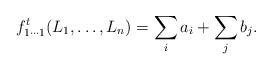
\begin{align*} f^t_{1\cdots1}(L_1,\ldots,L_n) = \sum_i a_i + \sum_j b_j.\end{align*}